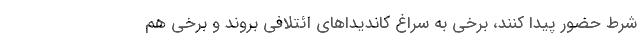
شرط حضور پیدا کنند، برخی به سراغ کاندیداهای ائتلافی بروند و برخی هم